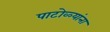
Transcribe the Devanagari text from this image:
पाटोळ्यांना